system: You are a helpful assistant.
user:
Analyze the provided spectrum to determine if it is a **"Cataclysmic Variables (CV)"**.

- **Key Indicators for CV (Check for either state):**
    - **State 1: Quiescent / Low-State (Emission-Dominated)**
        - **(Primary):** Strong and *very broad* Hydrogen Balmer emission lines (e.g., $H\alpha$ at 6563 Å, $H\beta$ at 4861 Å). The 'broadness' (high velocity dispersion, often FWHM > 1000 km/s) is the key diagnostic, indicating a high-velocity accretion disk.
        - **(Secondary):** Broad neutral Helium (He I) emission lines (e.g., 5876 Å, 6678 Å).
        - **(Key Confirmation):** Presence of high-excitation *ionized* Helium (He II) emission at 4686 Å. This is a strong indicator of accretion onto a white dwarf.
        - **(Line Profile):** Emission lines may exhibit a 'double-peaked' profile, which is a classic signature of a rotating accretion disk viewed at high inclination.

    - **State 2: Outburst / High-State (Absorption-Dominated)**
        - **(Primary):** Spectrum is dominated by a bright, blue continuum (looks like a hot star).
        - **(Secondary):** The emission lines from State 1 are weak, absent, or 'filled in', and are replaced by broad, shallow *absorption* lines (primarily Balmer and He I).
        - **(Morphology):** The overall spectrum mimics a hot B/A-type star. The crucial difference is that the absorption lines are significantly broader, shallower, and more 'washed-out' (or 'smeared') than the sharp lines of a normal stellar photosphere, due to high rotational speeds and pressure broadening in the disk.

Think first, call **spectral_visualization_tool** if needed to examine features in detail, then provide your final answer. Your response must adhere to the following strict rules:
1.  **Overall Structure:** Your response must follow the format `<think>...</think> <tool_call>...</tool_call> (if a tool is used) <answer>...</answer>`.
2.  **Tool Usage Constraint:** You may only make **one** tool call per turn.
3.  **Final Answer Format:** In the `<answer>` tag, your conclusion must be inside a `\boxed{}` command (e.g., `\boxed{YES}`), followed by your justification.

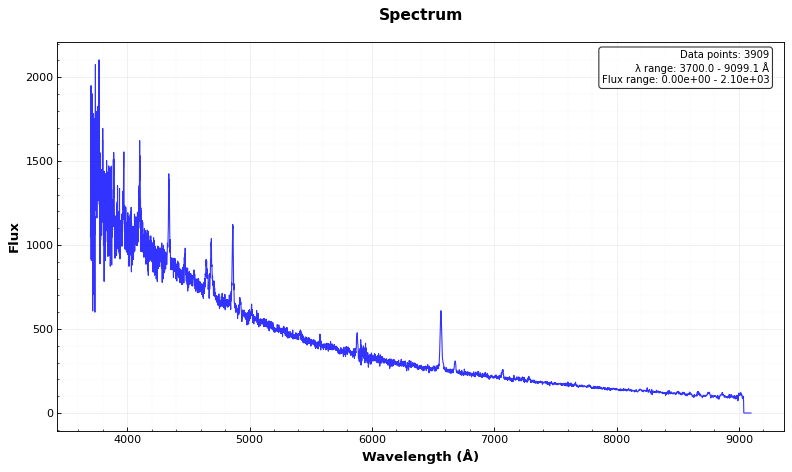
Answer: YES